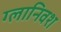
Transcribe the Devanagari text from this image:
ग्लानिवश